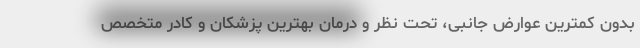
بدون کمترین عوارض جانبی، تحت نظر و درمان بهترین پزشکان و کادر متخصص